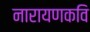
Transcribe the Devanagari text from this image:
नारायणकवि